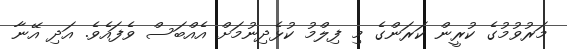
މަރުވުމުގެ ކުރީން ކަރަންގެ މި ފިލްމު ކުޅެދިނުމަށް އެއްބަސް ވެފައެވެ. އަދި އޭނާ